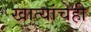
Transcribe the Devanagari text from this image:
खात्यांचेही